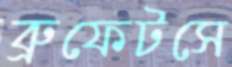
ব্রুফেটসে